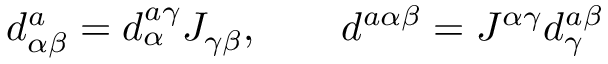
d _ { \alpha \beta } ^ { a } = d _ { \alpha } ^ { a \gamma } J _ { \gamma \beta } , \qquad d ^ { a \alpha \beta } = J ^ { \alpha \gamma } d _ { \gamma } ^ { a \beta }